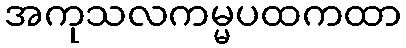
အကုသလကမ္မပထကထာ